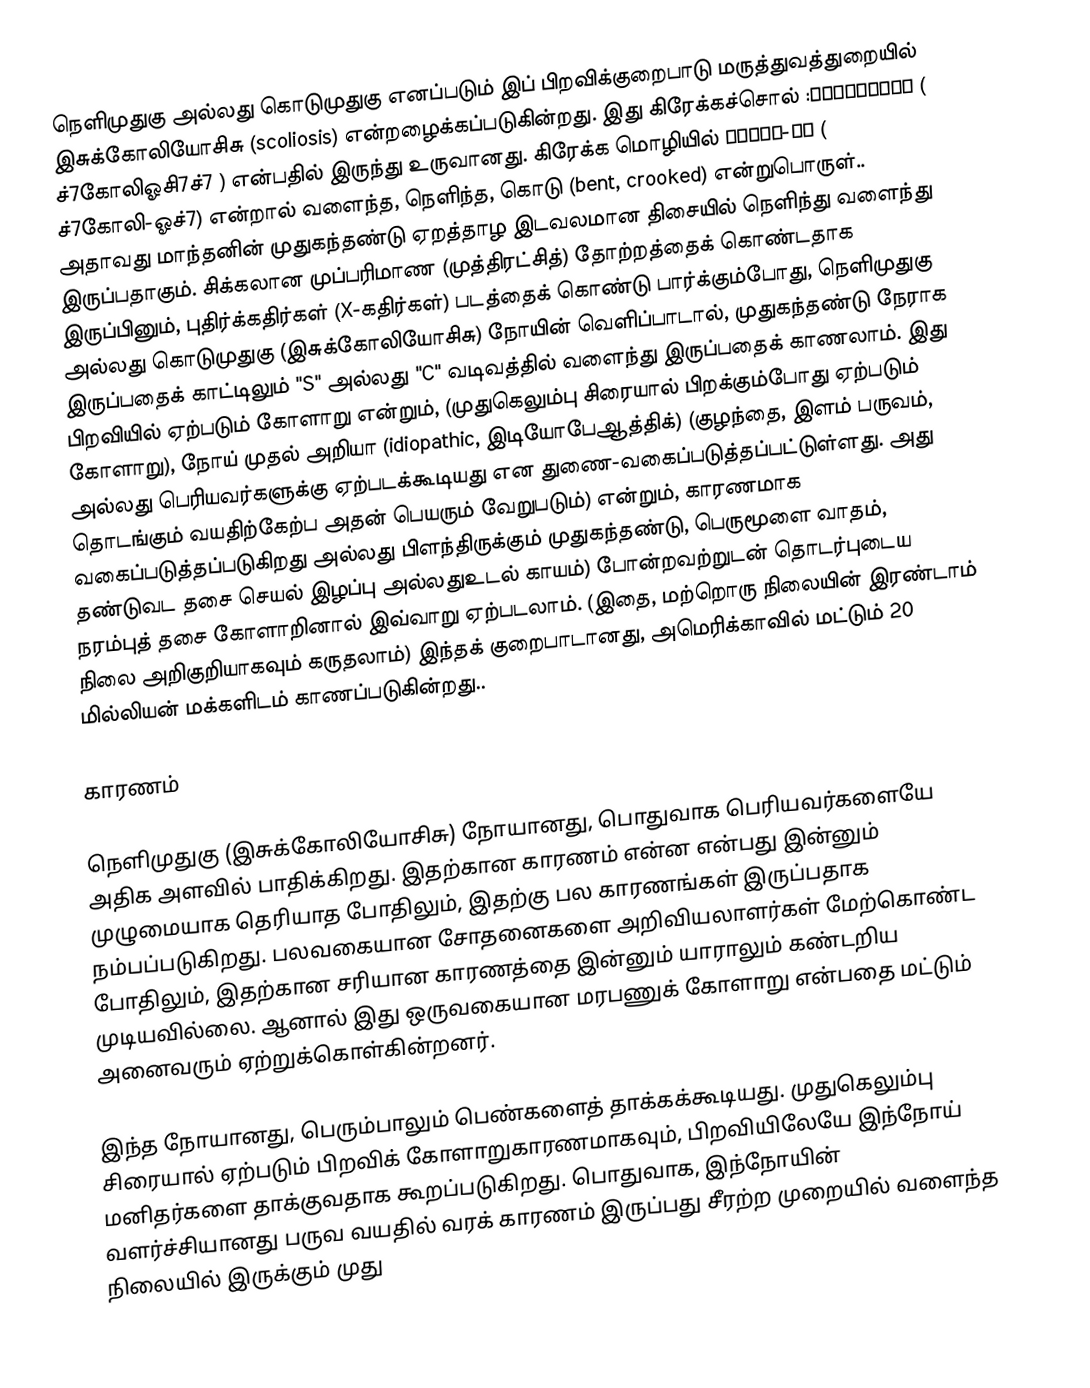
நெளிமுதுகு அல்லது கொடுமுதுகு எனப்படும் இப் பிறவிக்குறைபாடு மருத்துவத்துறையில் இசுக்கோலியோசிசு (scoliosis) என்றழைக்கப்படுகின்றது. இது கிரேக்கச்சொல் :σκολίωσις  ( ச்7கோலிஓசி7ச்7 ) என்பதில் இருந்து உருவானது. கிரேக்க மொழியில் σκολί-ος ( ச்7கோலி-ஓச்7) என்றால் வளைந்த, நெளிந்த, கொடு (bent, crooked) என்றுபொருள்.. அதாவது மாந்தனின் முதுகந்தண்டு ஏறத்தாழ இடவலமான திசையில் நெளிந்து வளைந்து இருப்பதாகும். சிக்கலான முப்பரிமாண (முத்திரட்சித்) தோற்றத்தைக் கொண்டதாக இருப்பினும், புதிர்க்கதிர்கள் (X-கதிர்கள்) படத்தைக் கொண்டு பார்க்கும்போது, நெளிமுதுகு அல்லது கொடுமுதுகு (இசுக்கோலியோசிசு) நோயின் வெளிப்பாடால், முதுகந்தண்டு நேராக இருப்பதைக் காட்டிலும் "S" அல்லது "C" வடிவத்தில் வளைந்து இருப்பதைக் காணலாம். இது பிறவியில் ஏற்படும் கோளாறு என்றும், (முதுகெலும்பு சிரையால் பிறக்கும்போது ஏற்படும் கோளாறு), நோய் முதல் அறியா (idiopathic, இடியோபேஆத்திக்) (குழந்தை, இளம் பருவம், அல்லது பெரியவர்களுக்கு ஏற்படக்கூடியது என துணை-வகைப்படுத்தப்பட்டுள்ளது. அது தொடங்கும் வயதிற்கேற்ப அதன் பெயரும் வேறுபடும்) என்றும், காரணமாக வகைப்படுத்தப்படுகிறது அல்லது பிளந்திருக்கும் முதுகந்தண்டு, பெருமூளை வாதம், தண்டுவட தசை செயல் இழப்பு அல்லதுஉடல் காயம்) போன்றவற்றுடன் தொடர்புடைய நரம்புத் தசை கோளாறினால் இவ்வாறு ஏற்படலாம். (இதை, மற்றொரு நிலையின் இரண்டாம் நிலை அறிகுறியாகவும் கருதலாம்) இந்தக் குறைபாடானது, அமெரிக்காவில் மட்டும் 20 மில்லியன் மக்களிடம் காணப்படுகின்றது..

காரணம்

நெளிமுதுகு (இசுக்கோலியோசிசு) நோயானது, பொதுவாக பெரியவர்களையே அதிக அளவில் பாதிக்கிறது.  இதற்கான காரணம் என்ன என்பது இன்னும் முழுமையாக தெரியாத போதிலும், இதற்கு பல காரணங்கள் இருப்பதாக நம்பப்படுகிறது. பலவகையான சோதனைகளை அறிவியலாளர்கள் மேற்கொண்ட போதிலும், இதற்கான சரியான காரணத்தை இன்னும் யாராலும் கண்டறிய முடியவில்லை. ஆனால் இது ஒருவகையான மரபணுக் கோளாறு என்பதை மட்டும் அனைவரும் ஏற்றுக்கொள்கின்றனர்.

இந்த நோயானது, பெரும்பாலும் பெண்களைத் தாக்கக்கூடியது. முதுகெலும்பு சிரையால் ஏற்படும் பிறவிக் கோளாறுகாரணமாகவும், பிறவியிலேயே இந்நோய் மனிதர்களை தாக்குவதாக கூறப்படுகிறது. பொதுவாக, இந்நோயின் வளர்ச்சியானது பருவ வயதில் வரக் காரணம் இருப்பது சீரற்ற முறையில் வளைந்த நிலையில் இருக்கும் முது